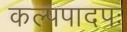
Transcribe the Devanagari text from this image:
कल्पपादपः